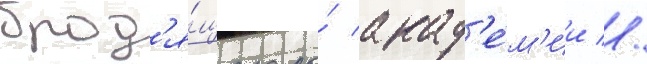
брод'я́щего по́ акад'е́м'ии //